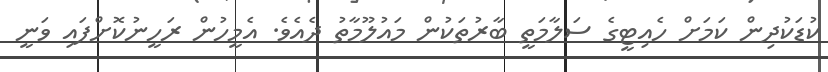
ކުޑަކުދިން ކަމަށް ހެއިޓީގެ ސަލާމަތީ ބާރުތަކުން މައުލޫމާތު ދެއެވެ. އެމީހުން ރަހީނުކޮށްފައި ވަނީ